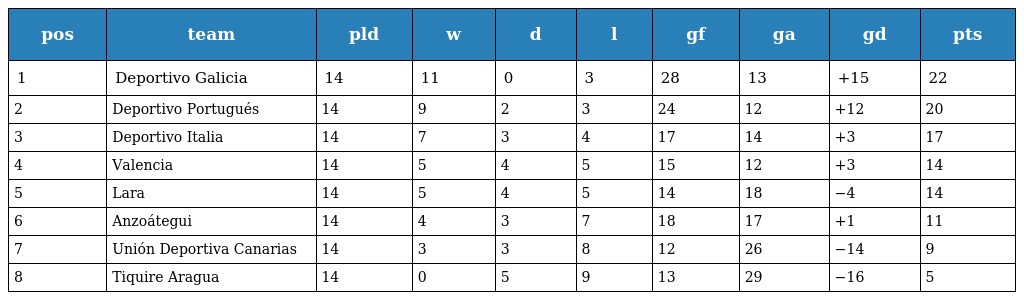
| pos | team | pld | w | d | l | gf | ga | gd | pts |
 | --- | --- | --- | --- | --- | --- | --- | --- | --- | --- |
 | 1 | Deportivo Galicia | 14 | 11 | 0 | 3 | 28 | 13 | +15 | 22 |
 | 2 | Deportivo Portugués | 14 | 9 | 2 | 3 | 24 | 12 | +12 | 20 |
 | 3 | Deportivo Italia | 14 | 7 | 3 | 4 | 17 | 14 | +3 | 17 |
 | 4 | Valencia | 14 | 5 | 4 | 5 | 15 | 12 | +3 | 14 |
 | 5 | Lara | 14 | 5 | 4 | 5 | 14 | 18 | −4 | 14 |
 | 6 | Anzoátegui | 14 | 4 | 3 | 7 | 18 | 17 | +1 | 11 |
 | 7 | Unión Deportiva Canarias | 14 | 3 | 3 | 8 | 12 | 26 | −14 | 9 |
 | 8 | Tiquire Aragua | 14 | 0 | 5 | 9 | 13 | 29 | −16 | 5 |